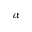
\alpha